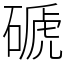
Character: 磃